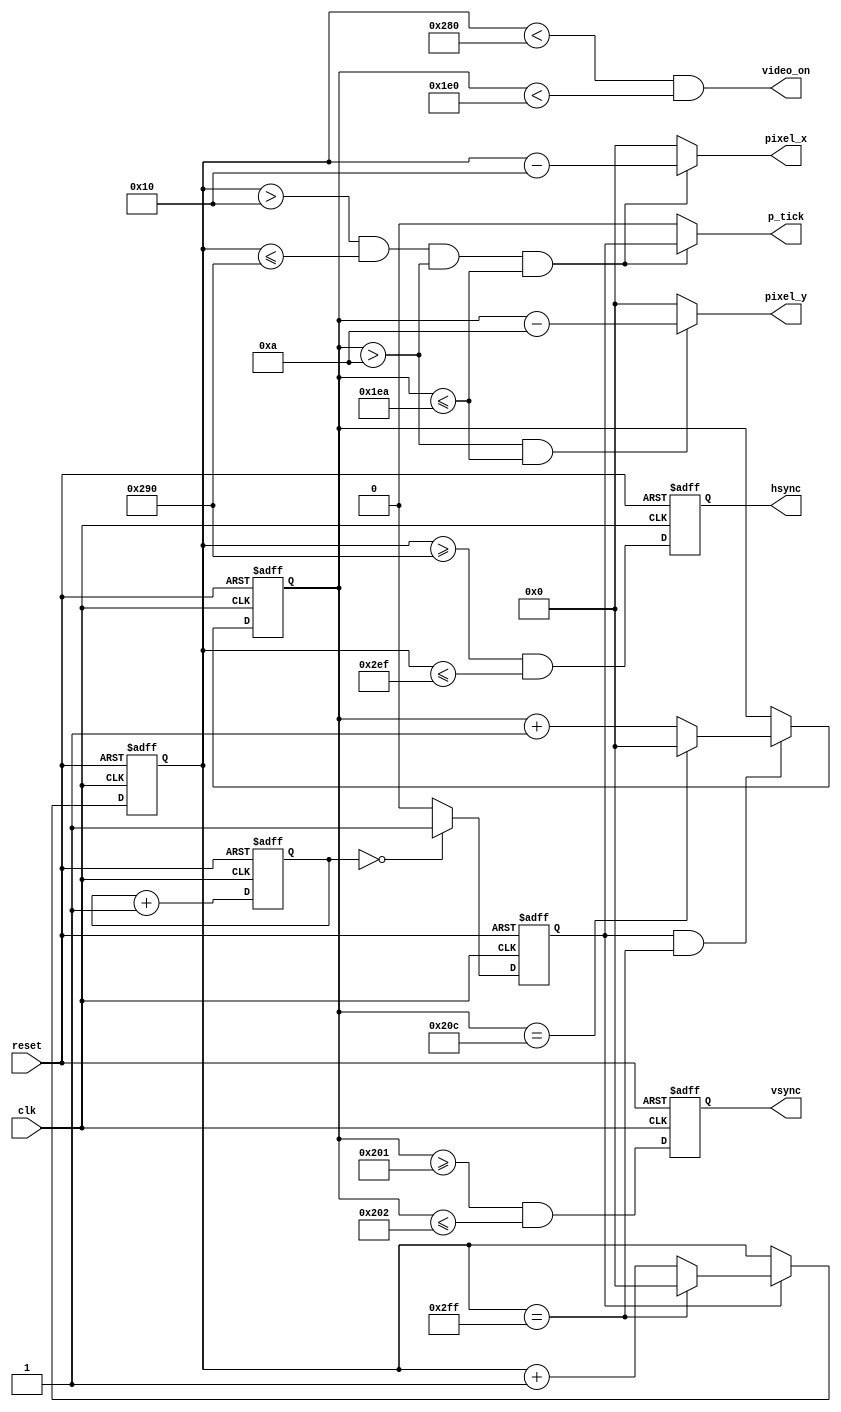
`timescale 1ns/1ps
module vga_sync(
	input wire clk, reset,
	output wire hsync, vsync, video_on, p_tick,
	output wire [9:0] pixel_x, pixel_y);

	`define R640x480 

	`ifdef R640x480
	localparam HD = 640;	//
	localparam VD = 480;	//
	localparam tamCont = 2;
	`endif

	//declaration of variables
	//parameters for vertical and horizontal synchronization

	localparam HF = 16;		//left border
	localparam HB = 16;		//right border
	localparam HR = 96;		//horizontal retrace 
	localparam VF = 10;		//top border
	localparam VB = 33;		//bottom border
	localparam VR = 2;		//vertical retrace

	//mod_2 counter (counter for the frequency divider)
	reg [tamCont-1:0] mod2_reg;
	reg [tamCont-1:0] mod2_next;

	//sync counters 
	reg [9:0] h_count_reg, h_count_next;
	reg [9:0] v_count_reg, v_count_next;

	//output buffer
	reg v_sync_reg, h_sync_reg;
	wire v_sync_next, h_sync_next;

	//status signal
	wire h_end, v_end;
	reg pixel_tick_next, pixel_tick;

	//body

	//registers
	always @(posedge clk,posedge reset) begin
		if(reset) begin
			mod2_reg <= {tamCont{1'b0}};
			v_count_reg <= 0;
			h_count_reg <= 0;
			v_sync_reg <= 1'b0;
			h_sync_reg <= 1'b0;
			pixel_tick <= 1'b0;
		end
		else begin
			pixel_tick <= pixel_tick_next;
			mod2_reg <= mod2_next;
			v_count_reg <= v_count_next;
			h_count_reg <= h_count_next;
			v_sync_reg <= v_sync_next;
			h_sync_reg <= h_sync_next;
		end
	end
	//mod_2 circuit to generate 25MHz enable tick
	always @(*) begin

		mod2_next = mod2_reg + 1'b1;

		if(mod2_reg == {tamCont{1'b0}}) 
			pixel_tick_next = 1'b1;

		else
			pixel_tick_next = 1'b0;
	end
	//status signals
	//end of horizontal counter (799)
	assign h_end = (h_count_reg == (HD+HF+HB+HR-1));
	//end of vertical counter (524)
	assign v_end = (v_count_reg == (VD+VF+VB+VR-1));
	//next_state logic of mod_800 horizontal sync counter
	always @(*) begin
		if(pixel_tick)
		//25MHz pulse
			if(h_end)
				h_count_next = 0;
			else
				h_count_next = h_count_reg + 1'b1;
		else
			h_count_next = h_count_reg;

	end
	//next_state logic of mod_525 vertical sync counter
	always @*
		if(pixel_tick & h_end)
			if(v_end)
				v_count_next = 0;
			else
				v_count_next = v_count_reg + 1'b1;
		else
			v_count_next = v_count_reg;
	//horizontal and vertical sync, buffered to avoid glitch
	//h_svnc_next asserted between 656 and 751
	assign h_sync_next = (h_count_reg >= (HD+HB) && h_count_reg <= (HD+HB+HR-1));

	//vh_sync_next asserted between 490 and 491
	assign v_sync_next = (v_count_reg >= (VD+VB)&& v_count_reg <= (VD+VB+VR-1));

	//video on/off
	assign video_on = (h_count_reg < HD) && (v_count_reg < VD);

	//output
	assign hsync = h_sync_reg;
	assign vsync = v_sync_reg;
	assign pixel_x = (h_count_reg > HF & h_count_reg <= (HD+HF) & v_count_reg > VF & v_count_reg <= (VD+VF)) ? h_count_reg - HF : {10{1'b0}};
	assign pixel_y = (v_count_reg > VF & v_count_reg <= (VD+VF)) ? v_count_reg - VF : {10{1'b0}};
	assign p_tick = (h_count_reg > HF & h_count_reg <= (HD+HF) & v_count_reg > VF & v_count_reg <= (VD+VF)) ? pixel_tick : 1'b0;

endmodule